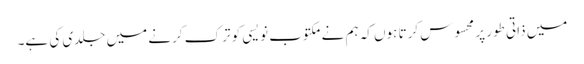
میں ذاتی طور پر محسوس کرتا ہوں کہ ہم نے مکتوب نویسی کو ترک کرنے میں جلدی کی ہے۔